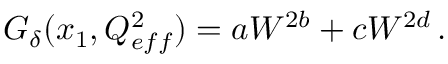
G _ { \delta } ( x _ { 1 } , Q _ { e f f } ^ { 2 } ) = a W ^ { 2 b } + c W ^ { 2 d } \, .